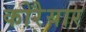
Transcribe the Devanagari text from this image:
कोरैयार